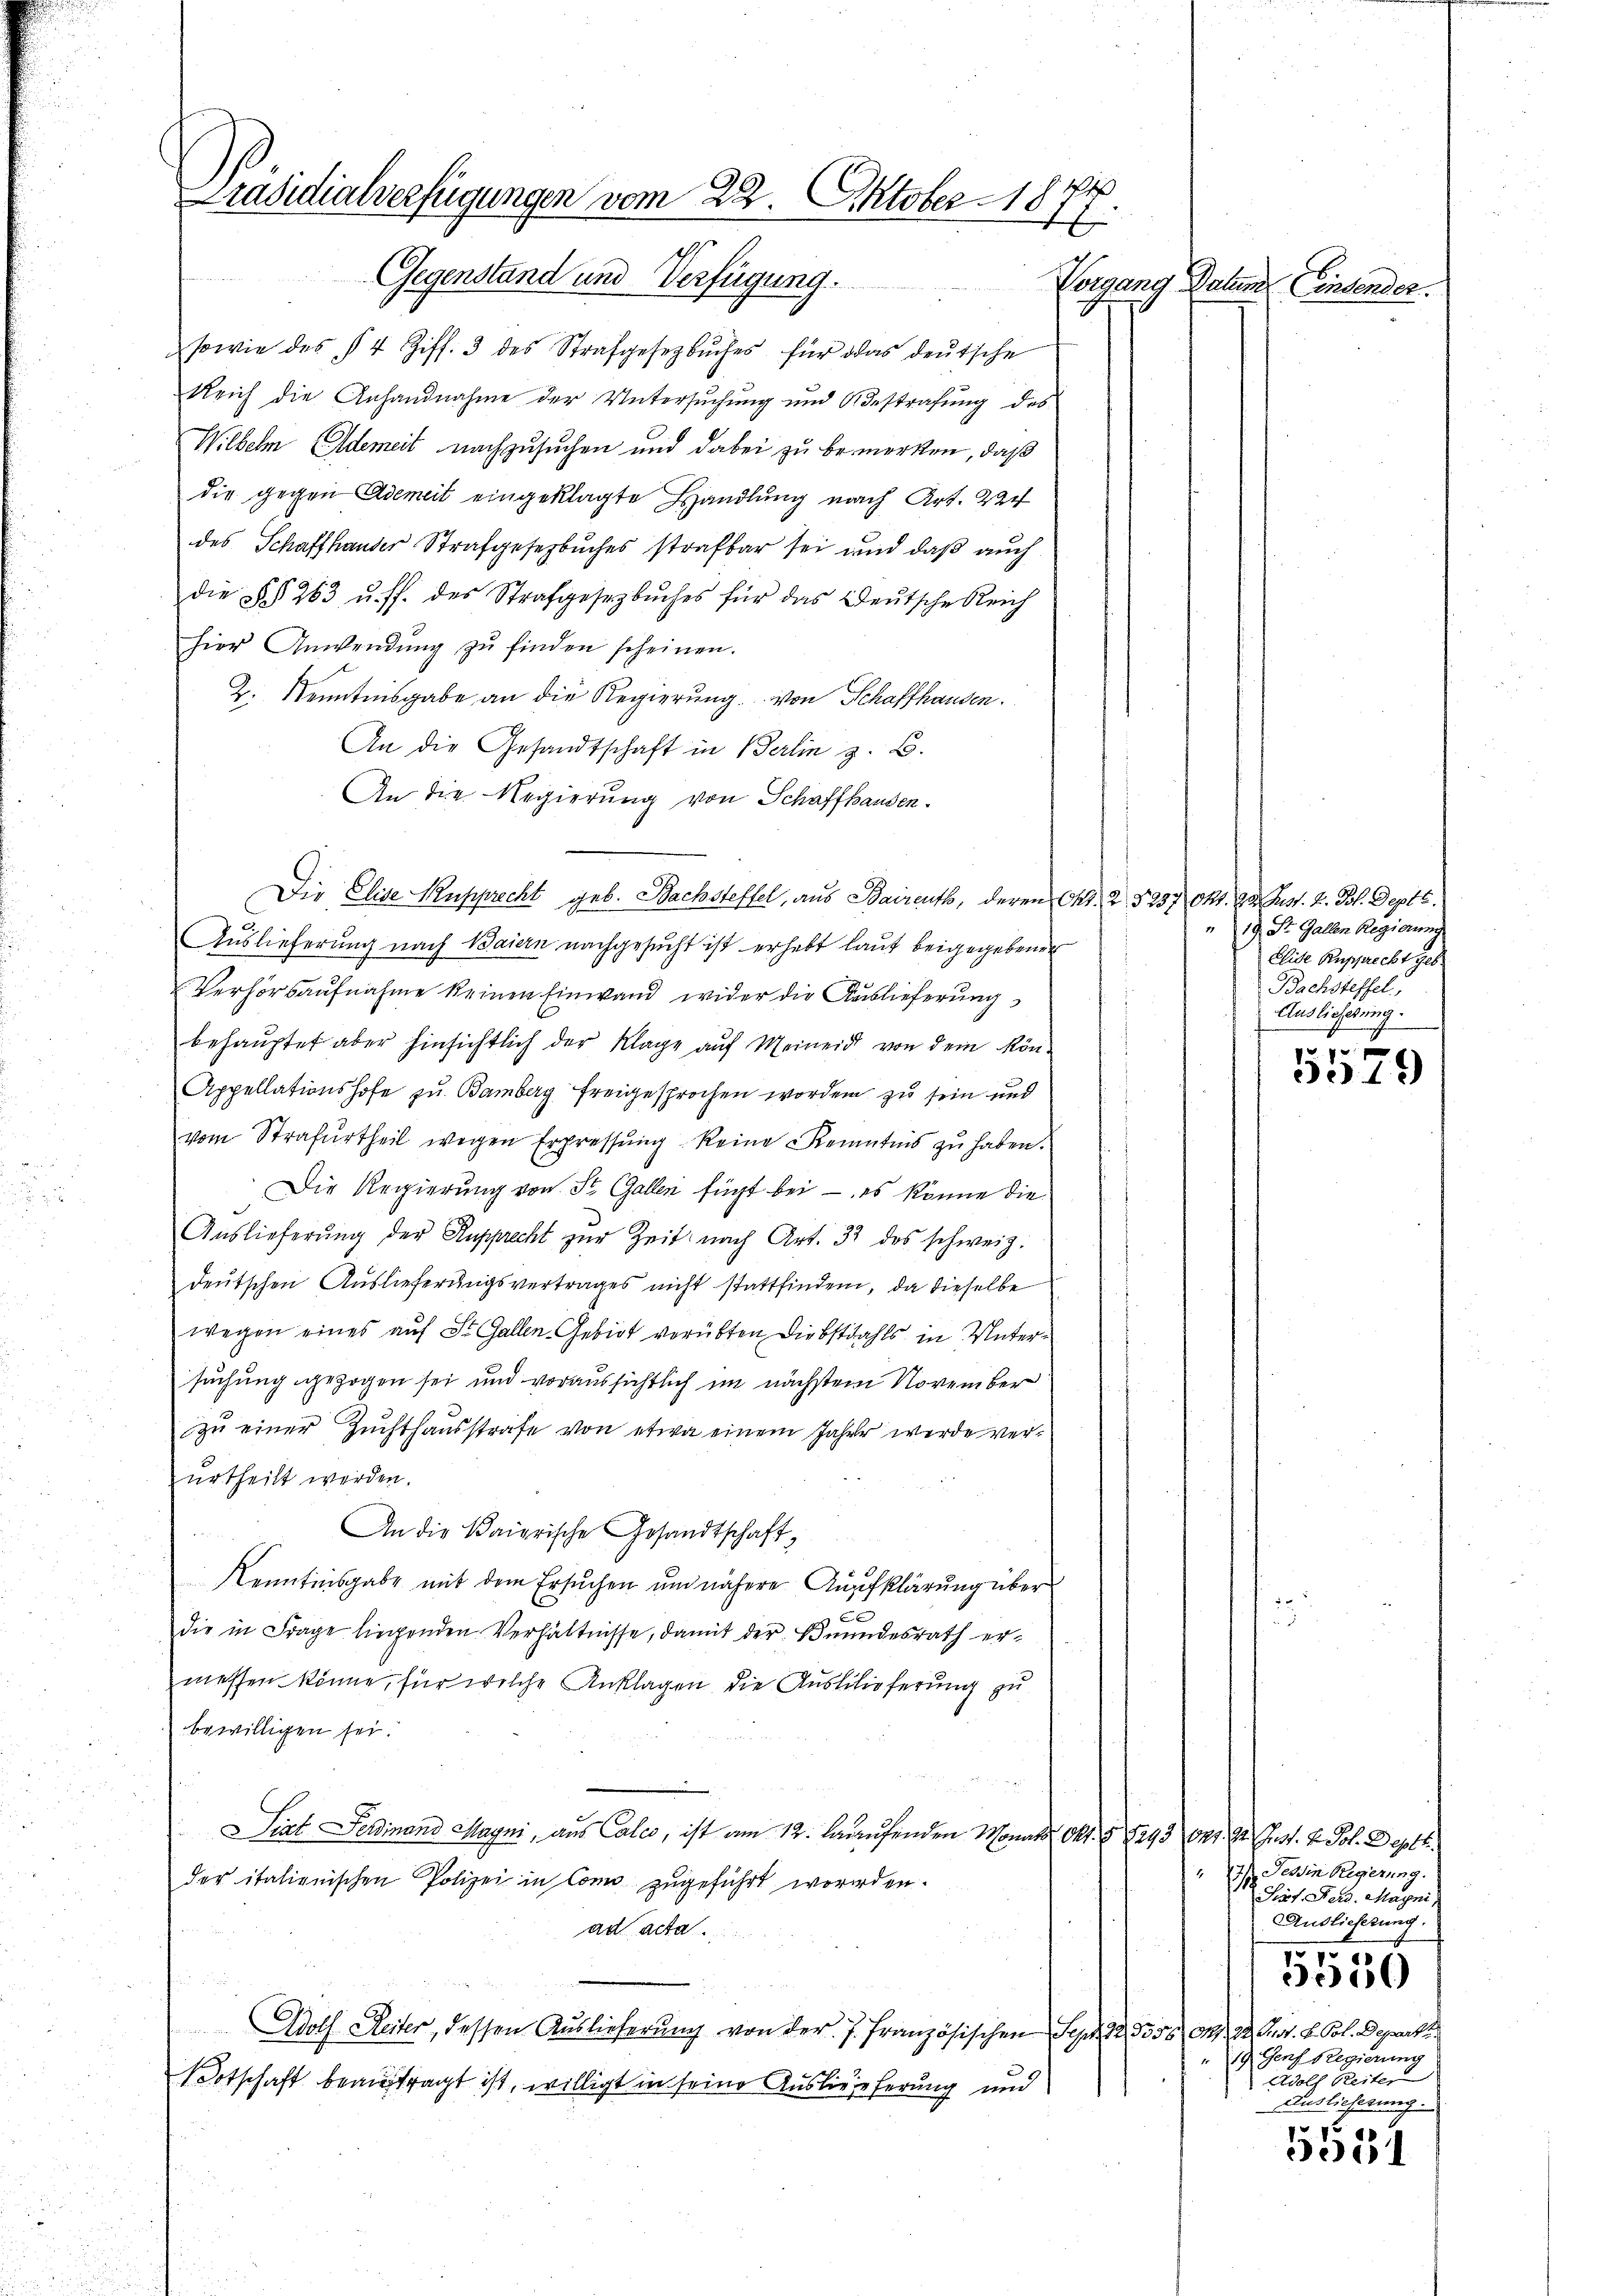
Präsidialverfügungen vom 22. Oktober 1877.

Gegenstand und Verfügung.
sowie des § 4 Ziff. 3 des Strafgesezbŭches für das deŭtsche
Reich die Anhandnahme der Untersuchung und Bestrafung des
Wilbeln demeit nachzusuchen und dabei zu bemerken, daß
die gegen Ademeit eingeklagte Handlung nach Art. 2
des Schaffhauser Strafgesetzbuches strafbar sei und daß auch
die §§ 263 u. ff. des Strafgesezbŭches für das Deutsche Reich
hier Anwendŭng zŭ finden scheinen.
2. Kenntnisgabe an die Regierŭng von Schaffhausen.
An die Gesandtschaft in Berlin z. B.
An die Regierung von Schaffhausen.
Die Elise Rupprecht geb. Bachsteffel, aus Baireuth, deren Okt. 2 § 237 Okt. 23. Just. 2. Joh. Sept.
Auslieferung nach Baiern nachgesucht ist erhebt laut beigegebener
Verhörsaufnahme keinen Einwand wider die Auslieferung
behauptet aber hinsichtlich der Klage auf Meineid von dem Kön-
Appellationshofe zu Bamberg freigesprochen worden zu sein und
vom Strafurtheil wegen Erpressŭng keine Kenntnis zŭ haben.
Die Regierung von St. Gallen fügt bei – es könne die
Aŭslieferŭng der Ansprecht zŭr Zeit nach Art. 32 des schweiz.
deutschen Auslieferungsvertrages nicht stattfinden, da dieselbe
wegen eines auf St. Gallen Gebiet verübten Diebstahls in Untersuchung gezogen sei und voraussichtlich im nächstem November
zŭ einer Zuchthausstrafe von etwa einem Jahre werde verurtheilt werden.
An die Baierische Gesandtschaft,
Kenntnisgabe mit dem Ersuchen um nähere Aufklärung über
die in Frage liegenden Verhältnisse, damit der Beundesrath ermessen könne, für welche Anklagen die Auslilieferung zu
bewilligen sei.
Siat Ferdinand Mayni, aus Calco, ist am 12. laufenden Monats Okt. § 1293
.
der italienischen Polizei in Como zugeführt worden.
ad acta.
Adolf Reiter, dessen Auslieferung von der J. Französischen Sept. 12, 1356 (1292. Sept. 8. Fol. Departe
Botschaft beauftragt ist, willigt in seine Auslieferung und

Vorgang Datum Einsender.

19 St. Gallen Regierun
Elide Rupprecht geb.
Bachsteffel
Auslieferung.

f 0 x
301)

Org. 12. Just. v. Joh. Deptt.
Tessin Regierung.
s
Sirt Joh. Magni
Auslieferung,

1015
)

1 Genf Regierung
Adolf Reiter
Auslieferung.

9
i